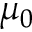
\mu _ { 0 }